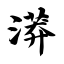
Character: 漭